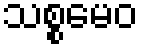
သစ္စမေဝ